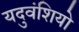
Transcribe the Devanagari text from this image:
यदुवंशियो